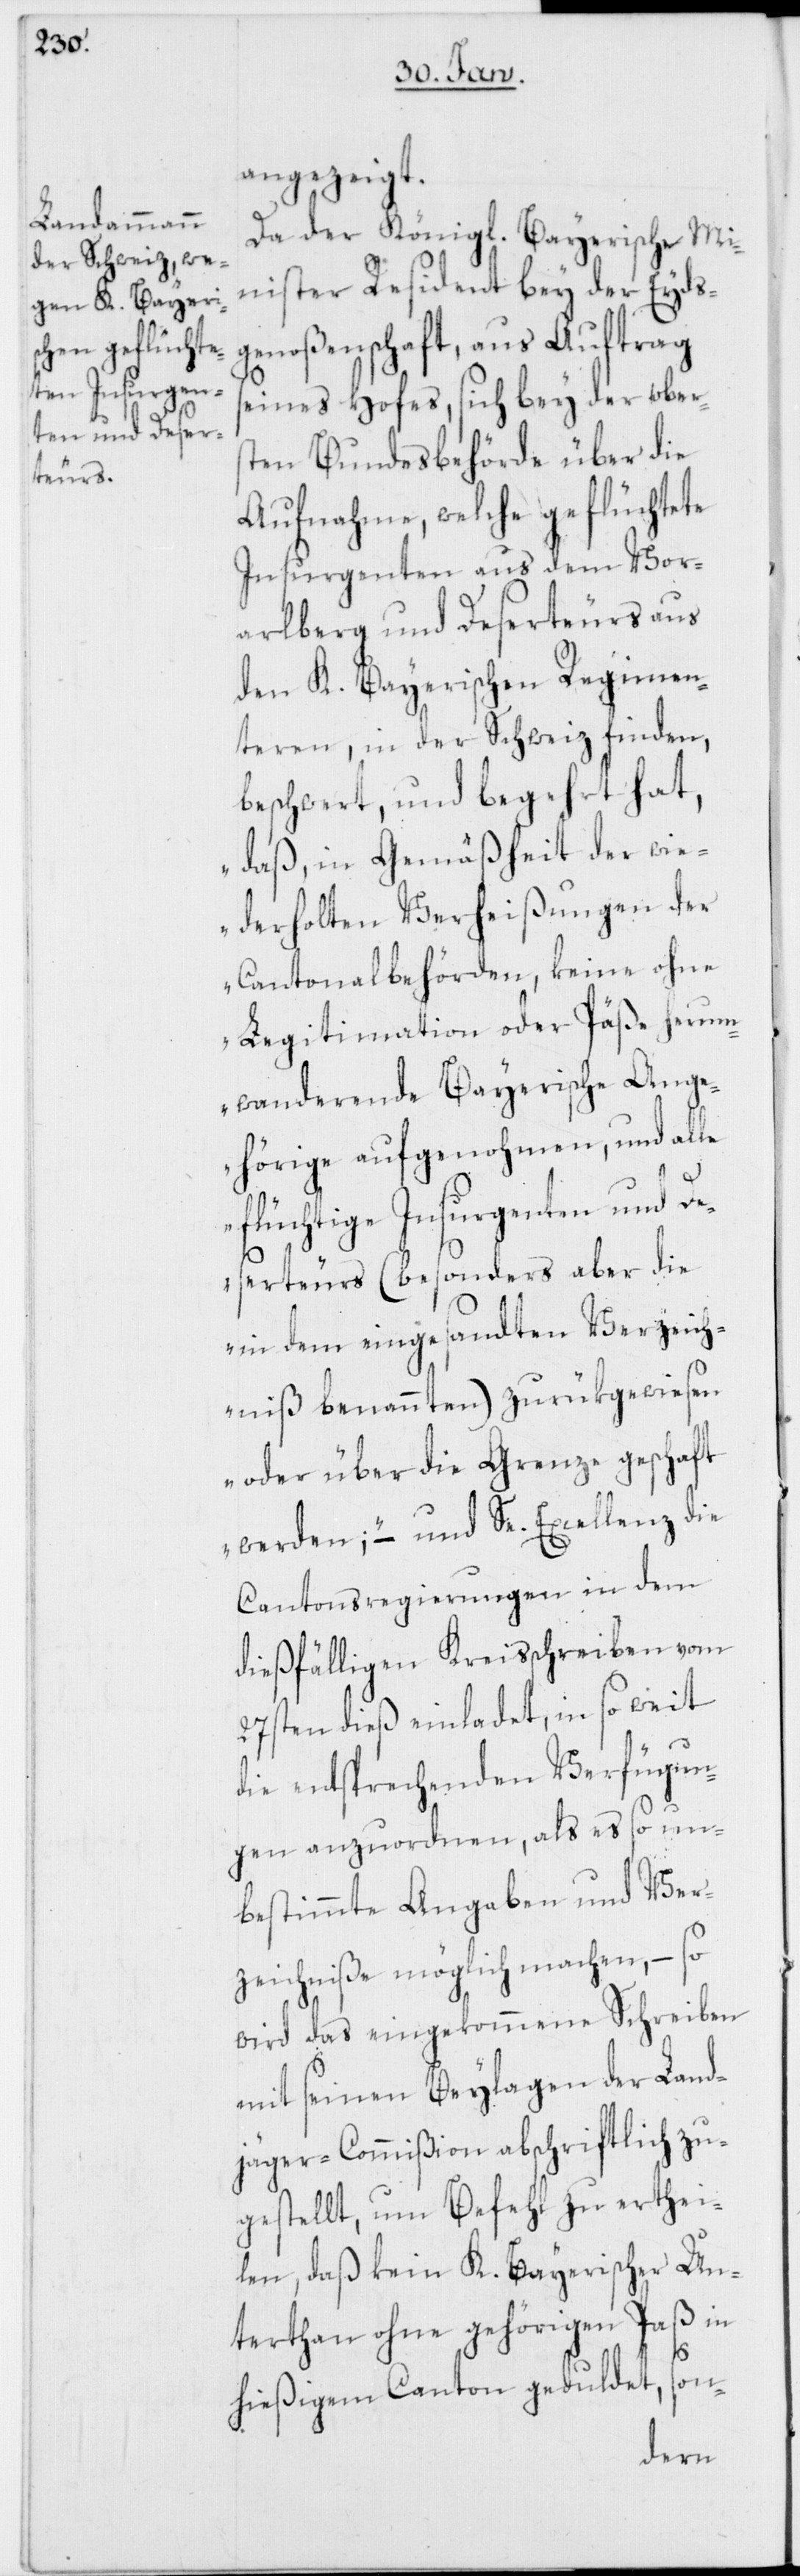
angezeigt.
Da der Königl. Bayerische Mi¬
nister Resident bey der Eyds¬
genoßenschaft, aus Auftrag
seines Hofes, sich bey der obers¬
ten Bundesbehörde über die
Aufnahme, welche geflüchtete
Insurgenten aus dem Vor¬
arlberg und Deserteurs aus
den K. Bayerischen Regimen¬
teren, in der Schweiz finden,
beschwert, und begehrt hat,
„daß, in Gemäßheit der wie¬
derholten Verheißungen der
Cantonalbehörden, keine ohne
Legitimation oder Päße herum¬
wandernde Bayerische Ange¬
hörige aufgenohmen, und alle
flüchtige Insurgenten und De¬
serteurs (besonders aber die
in dem eingesandten Verzeich¬
niß benannten) zurükgewiesen
oder über die Grenze geschaft
werden;“ – und Se. Excellenz die
Cantonsregierungen in dem
dießfälligen Kreisschreiben vom
27sten dieß einladet, in so weit
die entsprechenden Verfügun¬
gen anzuordnen, als es so un¬
bestimmte Angaben und Ver¬
zeichniße möglich machen, – so
wird das eingekommene Schreiben
mit seinen Beylagen der Land¬
jäger-Commißion abschriftlich zu¬
gestellt, um Befehl zu erthei¬
len, daß kein K. Bayerischer Un¬
terthan ohne gehörigen Paß in
hießigem Canton geduldet, son-